Medical and sanitary report on the native army of Bombay for the year
Year: 1879
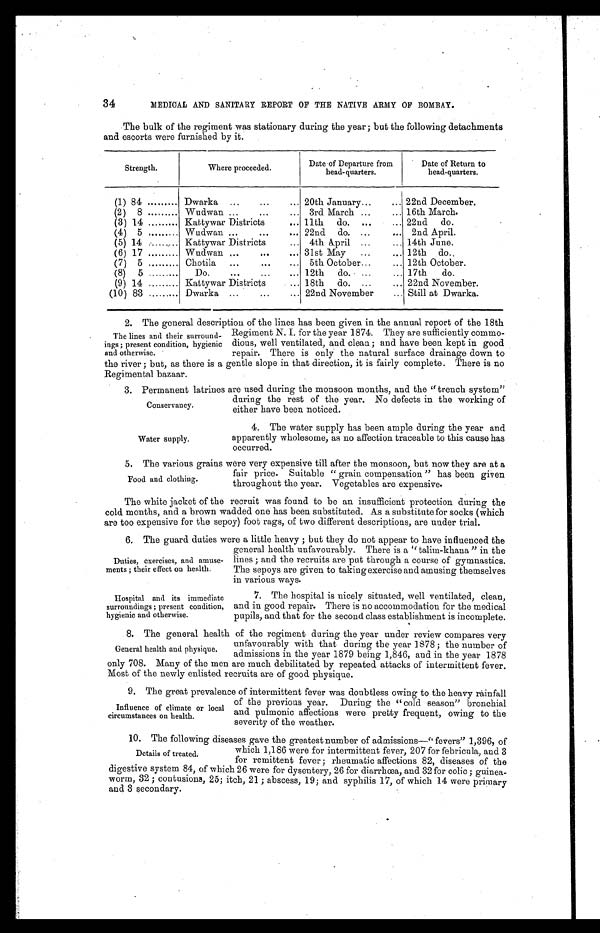
34
MEDICAL AND SANITARY REPORT OF THE NATIVE ARMY OF BOMBAY.
The bulk of the regiment was stationary during the year; but the following detachments
and escorts were furnished by it.
Strength.
Where proceeded.
Date of Departure from
head-quarters.
Date of Return to
head-quarters.
(1) 84 . . .
Dwarka . . .
20th January . . . 22nd December.
(2) 8 . . .
wudwan . . . 3rd March . . . 16th March.
(3) 14 . . .
Kattywar Districts . . . 11th do. . . . 22nd do.
(4) 5 . . .
Wudwan . . . 22nd do. . . . 2nd April.
(5) 14 . . .
Kattywar Districts . . . 4th April . . . 14th June.
(6) 17 . . .
Wudwan . . . 31st May . . . 12th do.
(7) 5. . .
Chotila . . . 5th October . . . 12th October.
(8) 5 . . .
Do. . . . 12th do. . . . 17th do.
(9) 14 . . .
Kattywar Districts . . . 18th do. . . . 22nd November.
(10) 83 . . .
Dwarka . . . 22nd November . . . Still at Dwarka.
2. The general description of the lines has been given in the annual report of the 18th
Regiment N. I. for the year 1874. They are sufficiently commo
-dious, well ventilated, and clean; and have been kept in good
repair. There is only the natural surface drainage down to
the river; but, as there is a gentle slope in that direction, it is fairly complete. There is no
Regimental bazaar.
3. Permanent latrines are used during the monsoon months, and the "trench system"
during the rest of the year. No defects in the working of
either have been noticed.
The lines and their surround
- i n g s ; p r e s e n t c o n d i t i o n , h y g i e n i c
and otherwise.
Conservancy.
Water supply.
4. The water supply has been ample during the year and
apparently wholesome, as no affection traceable to this cause has
occurred.
5 . T h e v a r i o u s g r a i n s w e r e v e r y e x p e n s i v e t i l l a f t e r t h e m o n s o o n , b u t n o w t h e y a r e a t a
fair price. Suitable "grain compensation" has been given
throughout the year. Vegetables are expensive.
The white jacket of the recruit was found to be an insufficient protection during the
cold. months, and a brown wadded one has been substituted. As a substitute for socks (which
are too expensive for the sepoy) foot rags, of two different descriptions, are under trial.
6 . T h e g u a r d d u t i e s w e r e a l i t t l e h e a v y ; b u t t h e y d o n o t a p p e a r t o h a v e i n f l u e n c e d t h e
general health unfavourably. There is a "talim-khana" in the
lines; and the recruits are put through a course of gymnastics.
The sepoys are given to taking exercise and amusing themselves
in various ways.
Food and clothing.
Duties, exercises, and amuse
-ments; their effect on health.
Hospital and its immediate
surroundings; present condition,
hygienic and otherwise.
7. The hospital is nicely situated, well ventilated, clean,
and in good repair. There is no accommodation for the medical
pupils, and that for the second class establishment is incomplete.
8. The general health of the regiment during the year under review compares very
unfavourably with that during the year 1878; the number of
admissions in the year 1879 being 1,846, and in the year 1878
only 708. Many of the men are much debilitated by repeated attacks of intermittent fever.
Most of the newly enlisted recruits are of good physique.
9 . T h e g r e a t p r e v a l e n c e o f i n t e r m i t t e n t f e v e r w a s d o u b t l e s s o w i n g t o t h e h e a v y r a i n f a l l
of the previous year. During the "cold season" bronchial
and pulmonic affections were pretty frequent, owing to the
severity of the weather.
10. The following diseases gave the greatest number of admissions—"fevers" 1.396, of
which 1,186 were for intermittent fever, 207 for febricula, and 3
for remittent fever; rheumatic affections 82, diseases of the
digestive system 84, of which 26 were for dysentery, 26 for diarrhœa, and 32 for colic; guinea-
worm, 32; contusions, 25; itch, 21; abscess, 19; and syphilis 17, of which 14 were primary
and 3 secondary.
General health and physique.
Influence of climate or local
circumstances on health.
Details of treated.